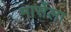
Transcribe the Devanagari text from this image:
मार्सेला